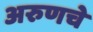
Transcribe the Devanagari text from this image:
अरुणचे